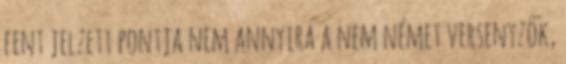
fent jelzett pontja nem annyira a nem német versenyzők,